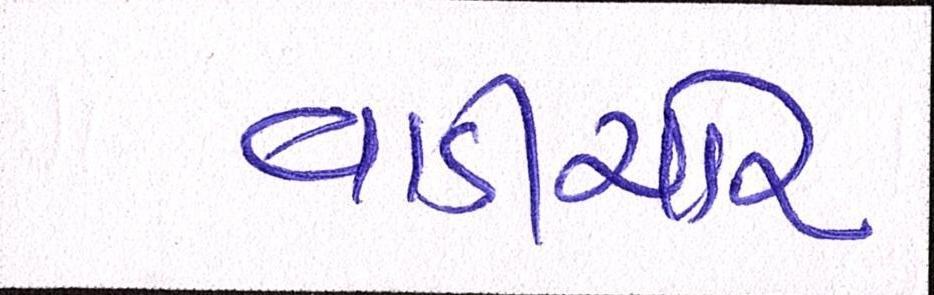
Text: વાડીચોર